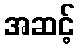
အဆင့်